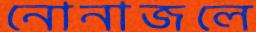
নোনাজলে